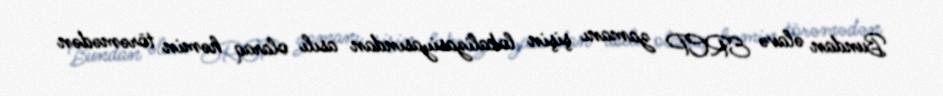
Bundan əlavə ERCP zamanı şişin lokalizasiyasından asılı olaraq həmin törəmədən